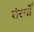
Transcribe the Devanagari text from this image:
तंरगोँ